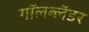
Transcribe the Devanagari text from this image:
गॉलब्लॅडर